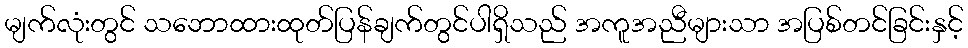
မျက်လုံးတွင် သဘောထားထုတ်ပြန်ချက်တွင်ပါရှိသည် အကူအညီများသာ အပြစ်တင်ခြင်းနှင့်